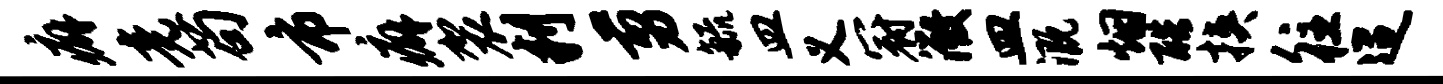
癖竟苟市癖袈判剪毓皿义冠微皿溉烟酷挟往迢